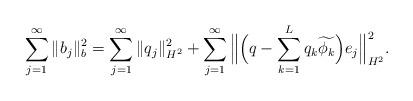
LaTeX: \begin{align*}\sum_{j=1}^\infty\|b_j\|_b^2 =\sum_{j=1}^\infty\|q_j\|_{H^2}^2+\sum_{j=1}^\infty \Big\|\Big ( q - \sum_{k = 1}^{L} q_k \widetilde{\phi_k}\Big)e_j \Big\|_{H^2}^2.\end{align*}